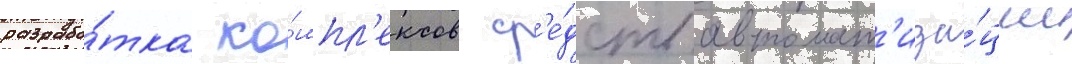
разрабо́тка ко́мпл'ексов ср'е́дств автомат'иза́ции